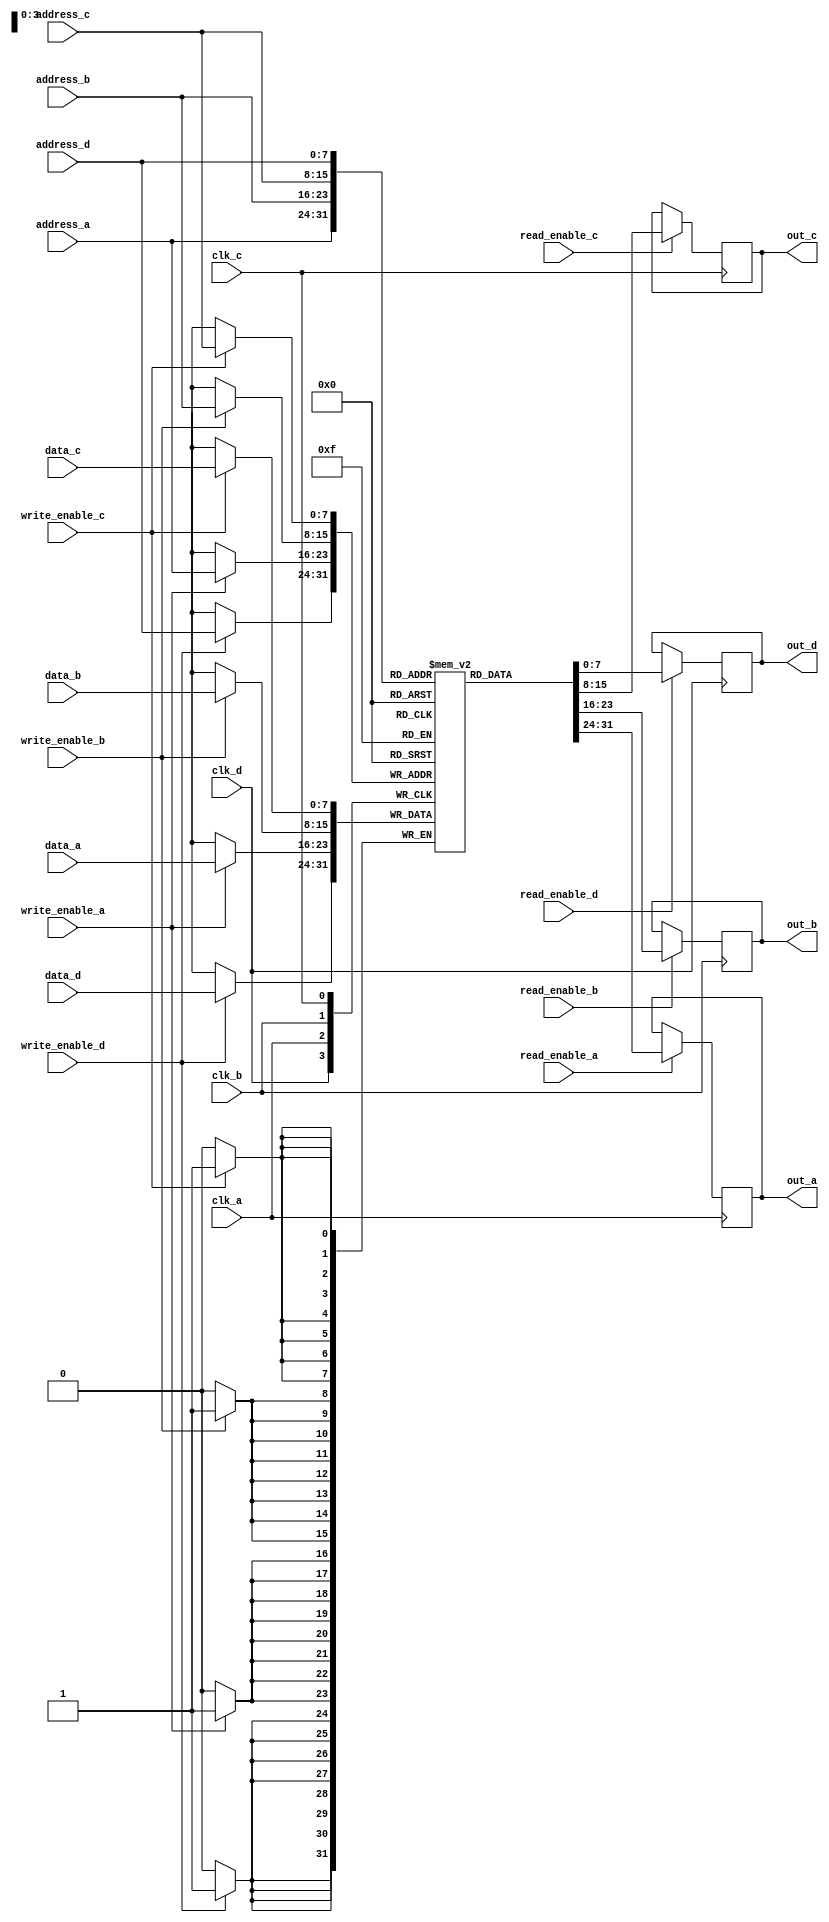
module quad_port_sram #(
    parameter ADDR_WIDTH = 8, // Address width for 256 x 8 bits
    parameter DATA_WIDTH = 8, // Data width for each port
    parameter MEM_DEPTH = 256 // Memory depth
)(
    // Port A
    input wire clk_a,
    input wire [ADDR_WIDTH-1:0] address_a,
    input wire [DATA_WIDTH-1:0] data_a,
    input wire read_enable_a,
    input wire write_enable_a,
    output reg [DATA_WIDTH-1:0] out_a,
    
    // Port B
    input wire clk_b,
    input wire [ADDR_WIDTH-1:0] address_b,
    input wire [DATA_WIDTH-1:0] data_b,
    input wire read_enable_b,
    input wire write_enable_b,
    output reg [DATA_WIDTH-1:0] out_b,

    // Port C
    input wire clk_c,
    input wire [ADDR_WIDTH-1:0] address_c,
    input wire [DATA_WIDTH-1:0] data_c,
    input wire read_enable_c,
    input wire write_enable_c,
    output reg [DATA_WIDTH-1:0] out_c,

    // Port D
    input wire clk_d,
    input wire [ADDR_WIDTH-1:0] address_d,
    input wire [DATA_WIDTH-1:0] data_d,
    input wire read_enable_d,
    input wire write_enable_d,
    output reg [DATA_WIDTH-1:0] out_d
);

// Memory array
reg [DATA_WIDTH-1:0] memory [0:MEM_DEPTH-1];

// Collision detection
always @(*) begin
    if ((write_enable_a && write_enable_b && address_a == address_b) ||
        (write_enable_a && write_enable_c && address_a == address_c) ||
        (write_enable_a && write_enable_d && address_a == address_d) ||
        (write_enable_b && write_enable_c && address_b == address_c) ||
        (write_enable_b && write_enable_d && address_b == address_d) ||
        (write_enable_c && write_enable_d && address_c == address_d)) begin
        // Handle write collision by ignoring all writes
        // This can be modified to implement specific collision resolution.
    end
end

// Port A Read/Write
always @(posedge clk_a) begin
    if (write_enable_a) begin
        memory[address_a] <= data_a; // Write operation
    end
    if (read_enable_a) begin
        out_a <= memory[address_a]; // Read operation
    end
end

// Port B Read/Write
always @(posedge clk_b) begin
    if (write_enable_b) begin
        memory[address_b] <= data_b; // Write operation
    end
    if (read_enable_b) begin
        out_b <= memory[address_b]; // Read operation
    end
end

// Port C Read/Write
always @(posedge clk_c) begin
    if (write_enable_c) begin
        memory[address_c] <= data_c; // Write operation
    end
    if (read_enable_c) begin
        out_c <= memory[address_c]; // Read operation
    end
end

// Port D Read/Write
always @(posedge clk_d) begin
    if (write_enable_d) begin
        memory[address_d] <= data_d; // Write operation
    end
    if (read_enable_d) begin
        out_d <= memory[address_d]; // Read operation
    end
end

endmodule